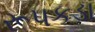
રૂપકડા